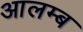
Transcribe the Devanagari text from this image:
आलम्ब